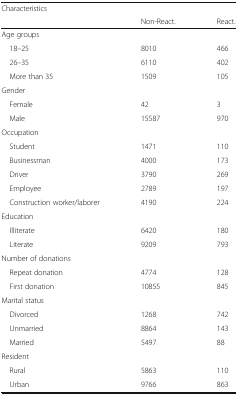
| <ROWSPAN=2> Characteristics |  |  |
 | Non-React. | React. |
 | --- | --- | --- |
 | <COLSPAN=3> Age groups |
 | 18–25 | 8010 | 466 |
 | 26–35 | 6110 | 402 |
 | More than 35 | 1509 | 105 |
 | <COLSPAN=3> Gender |
 | Female | 42 | 3 |
 | Male | 15587 | 970 |
 | <COLSPAN=3> Occupation |
 | Student | 1471 | 110 |
 | Businessman | 4000 | 173 |
 | Driver | 3790 | 269 |
 | Employee | 2789 | 197 |
 | Construction worker/laborer | 4190 | 224 |
 | <COLSPAN=3> Education |
 | Illiterate | 6420 | 180 |
 | Literate | 9209 | 793 |
 | <COLSPAN=3> Number of donations |
 | Repeat donation | 4774 | 128 |
 | First donation | 10855 | 845 |
 | <COLSPAN=3> Marital status |
 | Divorced | 1268 | 742 |
 | Unmarried | 8864 | 143 |
 | Married | 5497 | 88 |
 | <COLSPAN=3> Resident |
 | Rural | 5863 | 110 |
 | Urban | 9766 | 863 |